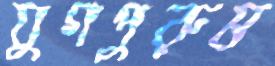
যুগপুরুষ